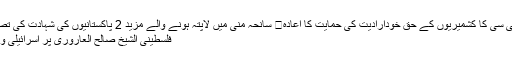
او آئی سی کا کشمیریوں کے حق خودارادیت کی حمایت کا اعادہ	 سانحہ منیٰ میں لاپتہ ہونے والے مزید 2 پاکستانیوں کی شہادت کی تصدیق
فلسطینی الشیخ صالح العاروری پر اسرائیلی واویلا